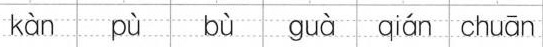
kàn pù bù guà qián chuār